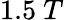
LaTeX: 1.5~T